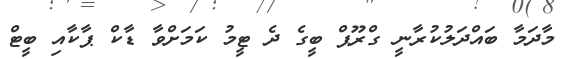
މާދަމާ ބައްދަލުކުރާނީ ގްރޫޕް ބީގެ ދެ ޓީމު ކަމަށްވާ ޑާކް ޕާކާއި ބީޓް